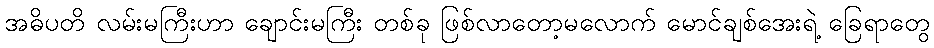
အဓိပတိ လမ်းမကြီးဟာ ချောင်းမကြီး တစ်ခု ဖြစ်လာတော့မလောက် မောင်ချစ်အေးရဲ့ ခြေရာတွေ